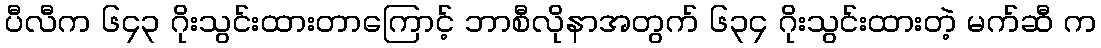
ပီလီက ၆၄၃ ဂိုးသွင်းထားတာကြောင့် ဘာစီလိုနာအတွက် ၆၃၄ ဂိုးသွင်းထားတဲ့ မက်ဆီ က